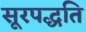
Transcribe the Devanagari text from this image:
सूरपद्धति